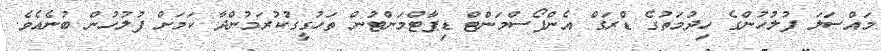
މައްސަލަ ފުލުހުންގެ ހިދުމަތުގެ ޑްރަގް އެންފޯސްމަންޓް ޑިޕާޓްމަންޓުން ތަހުގީގުކުރަމުންދާ ކަމަށް ފުލުހުން ބުނެއެވެ.